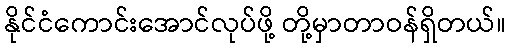
နိုင်ငံကောင်းအောင်လုပ်ဖို့ တို့မှာတာဝန်ရှိတယ်။